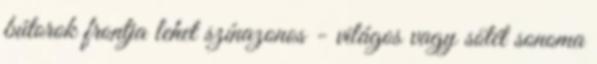
bútorok frontja lehet színazonos - világos vagy sötét sonoma